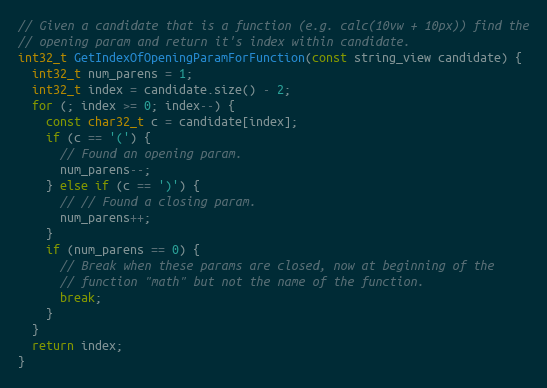
Language: C++
// Given a candidate that is a function (e.g. calc(10vw + 10px)) find the
// opening param and return it's index within candidate.
int32_t GetIndexOfOpeningParamForFunction(const string_view candidate) {
  int32_t num_parens = 1;
  int32_t index = candidate.size() - 2;
  for (; index >= 0; index--) {
    const char32_t c = candidate[index];
    if (c == '(') {
      // Found an opening param.
      num_parens--;
    } else if (c == ')') {
      // // Found a closing param.
      num_parens++;
    }
    if (num_parens == 0) {
      // Break when these params are closed, now at beginning of the
      // function "math" but not the name of the function.
      break;
    }
  }
  return index;
}